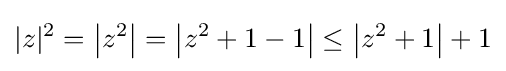
|z|^{2}=\left|z^{2}\right|=\left|z^{2}+1-1\right|\leq \left|z^{2}+1\right|+1